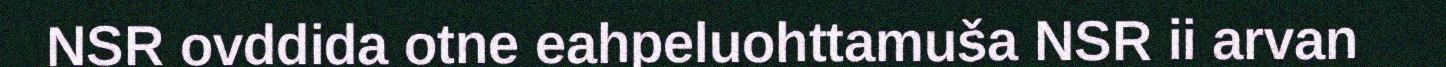
NSR ovddida otne eahpeluohttamuša NSR ii arvan